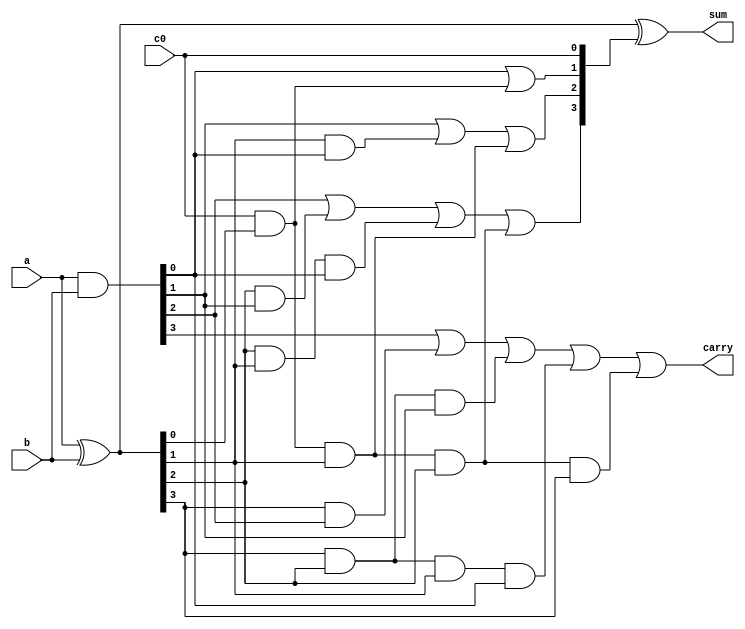
module Fast4BitAdder(
        input wire[3:0] a,
        input wire[3:0] b,
        input wire c0,
        output wire[3:0] sum,
        output wire carry
    );
    wire[3:0] G = a & b;
    wire[3:0] P = a ^ b;
    wire [3:0] c;
    assign c[0] = c0;
    assign sum = P ^ c;

    assign c[1] = G[0] | (c[0] & P[0]);
    assign c[2] = G[1] | (P[1] & G[0]) | (c[0] & P[0] & P[1]);
    assign c[3] = G[2] | (P[2] & G[1]) | (P[2] & P[1] & G[0]) | (c[0] & P[0] & P[1] & P[2]);
    assign carry = G[3] | (P[3] & G[2]) | (P[3] & P[2] & G[1]) | (P[3] & P[2] & P[1] & G[0]) | (c[0] & P[0] & P[1] & P[2] & P[3]);
endmodule

module adder16(
        input wire[15:0] a,
        input wire[15:0] b,
        input wire c0,
        output wire[15:0] sum,
        output wire carry
    );
    wire[3:1] c;

    Fast4BitAdder SegmentAdder0(a[3:0], b[3:0], c0, sum[3:0], c[1]);
    Fast4BitAdder SegmentAdder1(a[7:4], b[7:4], c[1], sum[7:4], c[2]);
    Fast4BitAdder SegmentAdder2(a[11:8], b[11:8], c[2], sum[11:8], c[3]);
    Fast4BitAdder SegmentAdder3(a[15:12], b[15:12], c[3], sum[15:12], carry);
endmodule

module adder32(
        input wire[31:0] a,
        input wire[31:0] b,
        input wire c0,
        output wire[31:0] sum,
        output wire carry
    );
    wire c1;

    adder16 SegmentAdder1(a[15:0], b[15:0], c0, sum[15:0], c1);
    adder16 SegmentAdder2(a[31:16], b[31:16], c1, sum[31:16], carry);
endmodule

module adder(
        input wire[15:0] a,
        input wire[15:0] b,
        output wire[15:0] sum,
        output wire carry
    );
    wire zero = 0;
    adder16 adder_impl(
                .a(a),
                .b(b),
                .c0(zero),
                .sum(sum),
                .carry(carry)
            );
endmodule

module Add(
        input wire[31:0] a,
        input wire[31:0] b,
        output reg[31:0] sum
    );
    wire zero = 0;
    wire [31:0] res;
    adder32 adder_impl(a, b, zero, res, null);
    always @* begin
        sum <= res;
    end
endmodule